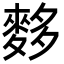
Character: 𪌫